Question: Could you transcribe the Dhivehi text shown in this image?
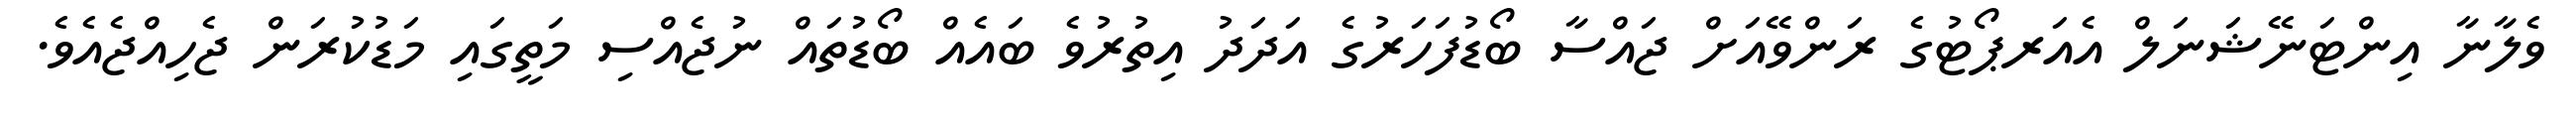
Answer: ވެލާނާ އިންޓަނޭޝަނަލް އެއަރޕޯޓުގެ ރަންވޭއަށް ޖައްސާ ބޯޑުފަހަރުގެ އަދަދު އިތުރުވެ ބައެއް ބޯޑުތައް ނުޖެއްސި މަތީގައި މަޑުކުރަން ޖެހިއްޖެއެވެ.